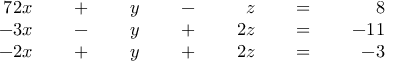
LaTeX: { \begin{array} { r l r l r l r l r l r l r } { { 7 } 2 x } & { { } } & { \; + \; } & { { } } & { y } & { { } } & { \; - \; } & { { } } & { z } & { { } } & { \; = \; } & { { } } & { 8 } \\ { - 3 x } & { { } } & { \; - \; } & { { } } & { y } & { { } } & { \; + \; } & { { } } & { 2 z } & { { } } & { \; = \; } & { { } } & { - 1 1 } \\ { - 2 x } & { { } } & { \; + \; } & { { } } & { y } & { { } } & { \; + \; } & { { } } & { 2 z } & { { } } & { \; = \; } & { { } } & { - 3 } \end{array} } \qquad